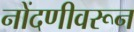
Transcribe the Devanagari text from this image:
नोंदणीवरून